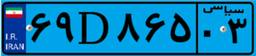
۶۹D۸۶۵۰۳